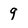
Character: 9